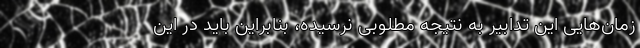
زمان‌هایی این تدابیر به نتیجه مطلوبی نرسیده، بنابراین باید در این